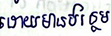
ដោយមានបន្ថែម